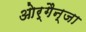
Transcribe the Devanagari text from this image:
ओर्गैन्जा